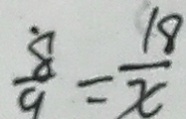
\frac { 8 } { 9 } = \frac { 1 8 } { x }